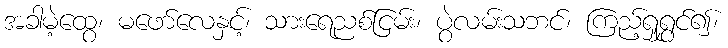
အခါမဲ့ထွေ၊ မဖော်လေနှင့်၊ သားရေညစ်ငြမ်း၊ ပွဲလမ်းသဘင်၊ ကြည့်ရှုရွှင်၍၊